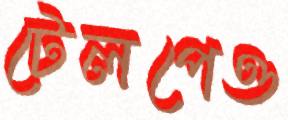
টেলপেও